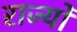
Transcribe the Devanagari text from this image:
राज्योंं